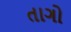
તાગો